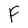
Character: F